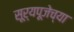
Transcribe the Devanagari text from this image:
सूर्यपूजेच्या